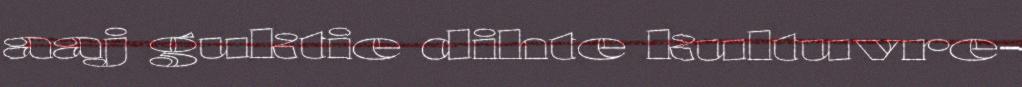
aaj guktie dihte kultuvre-